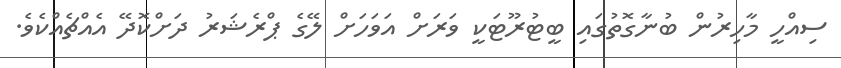
ސިއްހީ މާހިރުން ބުނާގޮތުގައި ބީޓުރޫޓަކީ ވަރަށް އަވަހަށް ލޭގެ ޕްރެޝަރު ދަށްކޮދޭ އެއްޗެއްކެވެ.